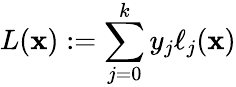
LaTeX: L(\mathbf{x}):=\sum_{j=0}^{k}y_{j}\ell_{j}(\mathbf{x})